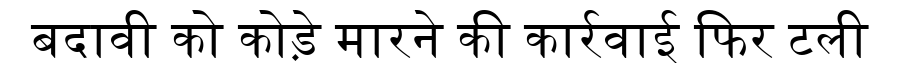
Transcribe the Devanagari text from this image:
बदावी को कोड़े मारने की कार्रवाई फिर टली